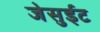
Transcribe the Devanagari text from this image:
जेसुईट